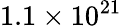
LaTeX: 1.1\times 10^{21}